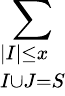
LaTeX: \sum_{\begin{array}{l}{|I|\leq x}\\ {I\cup J=S}\end{array}}